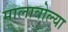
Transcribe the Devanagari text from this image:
मालावोल्या